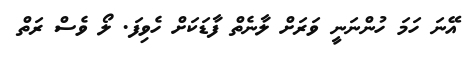
އޭނަ ހަމަ ހުންނަނީ ވަރަށް ލާނެތް ފާޑަކަށް ހެވިފަ. ލޯ ވެސް ރަތް